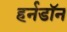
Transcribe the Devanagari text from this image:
हर्नडॉन